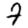
Digit: 7